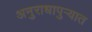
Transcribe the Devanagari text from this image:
अनुराधापुऱ्यात